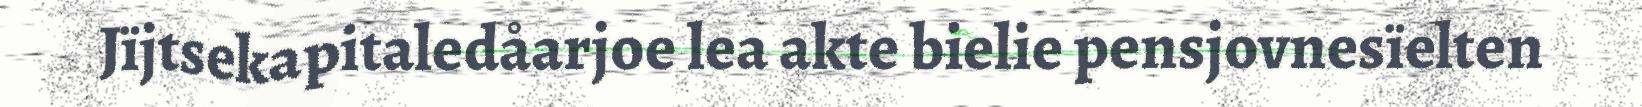
Jïjtsekapitaledåarjoe lea akte bielie pensjovnesïelten